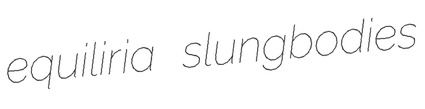
equiliria slungbodies